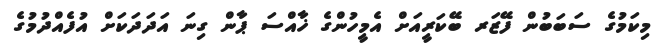
މިކަމުގެ ސަބަބުން ފޭޒަރ ބޭކަރީއަށް އެމީހުންގެ ޚާއްސަ ޕާން ގިނަ އަދަދަކަށް އުފެއްދުމުގެ